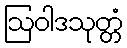
ဩဝါဒသုတ္တံ